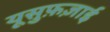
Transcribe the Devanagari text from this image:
यूसुफ़ज़ाई